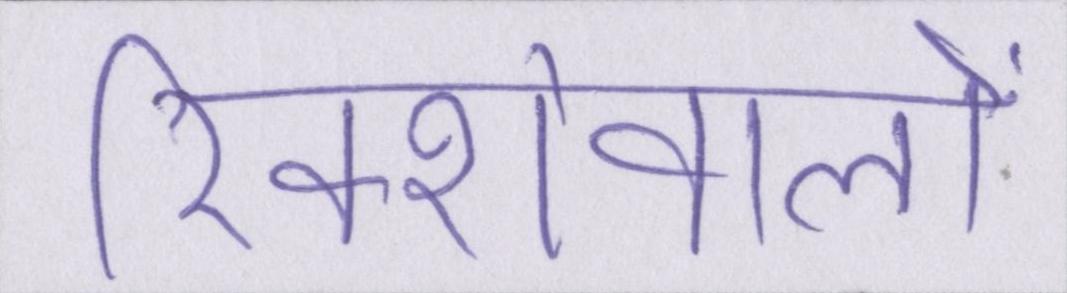
रिक्शेवालों